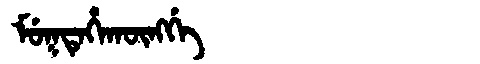
Manchu: ᠮᡠᡴᡨᡝᡥᠠᡴᡡᠩᡤᡝ
Romanization: MUKTEHAKŪNGGE